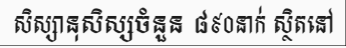
សិស្សានុសិស្សចំនួន ៨៩០នាក់ ស្ថិតនៅ